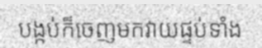
បង្កប់ក៏ចេញមកវាយផ្ទប់ទាំង